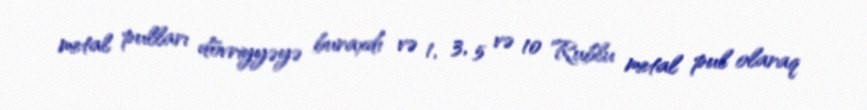
metal pulları dövriyyəyə buraxdı və 1, 3, 5 və 10 Rublu metal pul olaraq